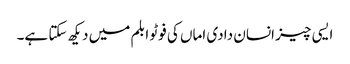
ایسی چیز انسان دادی اماں کی فوٹو ابلم میں دیکھ سکتا ہے۔